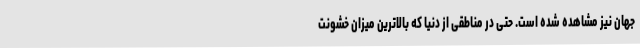
جهان نیز مشاهده شده است. حتی در مناطقی از دنیا که بالاترین میزان خشونت